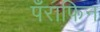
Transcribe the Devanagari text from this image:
पँराफिन